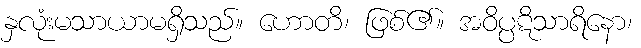
နှလုံးမသာယာမရှိသည်။ ဟောတိ၊ ဖြစ်၏။ အဝိပ္ပဋိသာရိနော၊